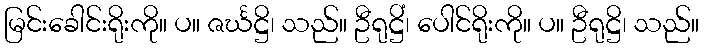
မြင်းခေါင်းရိုးကို။ ပ။ ဇင်္ဃဋ္ဌိ၊ သည်။ ဦရုဋ္ဌိံ၊ ပေါင်ရိုးကို။ ပ။ ဦရုဋ္ဌိ၊ သည်။